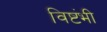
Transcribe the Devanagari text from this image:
विष्टंभी